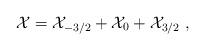
LaTeX: \begin{align*}{\cal X} = {\cal X}_{-3/2} + {\cal X}_0 + {\cal X}_{3/2} \ ,\end{align*}